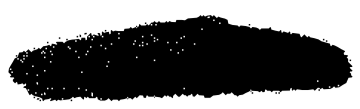
Text: written
Cross-out: scratch
Writing tool: digital_black